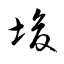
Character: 埈